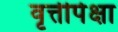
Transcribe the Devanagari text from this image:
वृत्तीपेक्षा